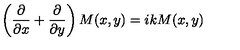
\left( \frac { \partial } { \partial x } + \frac { \partial } { \partial y } \right) M ( x , y ) = i k M ( x , y )